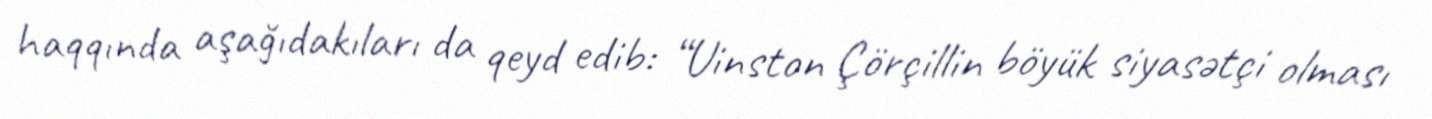
haqqında aşağıdakıları da qeyd edib: “Uinston Çörçillin böyük siyasətçi olması